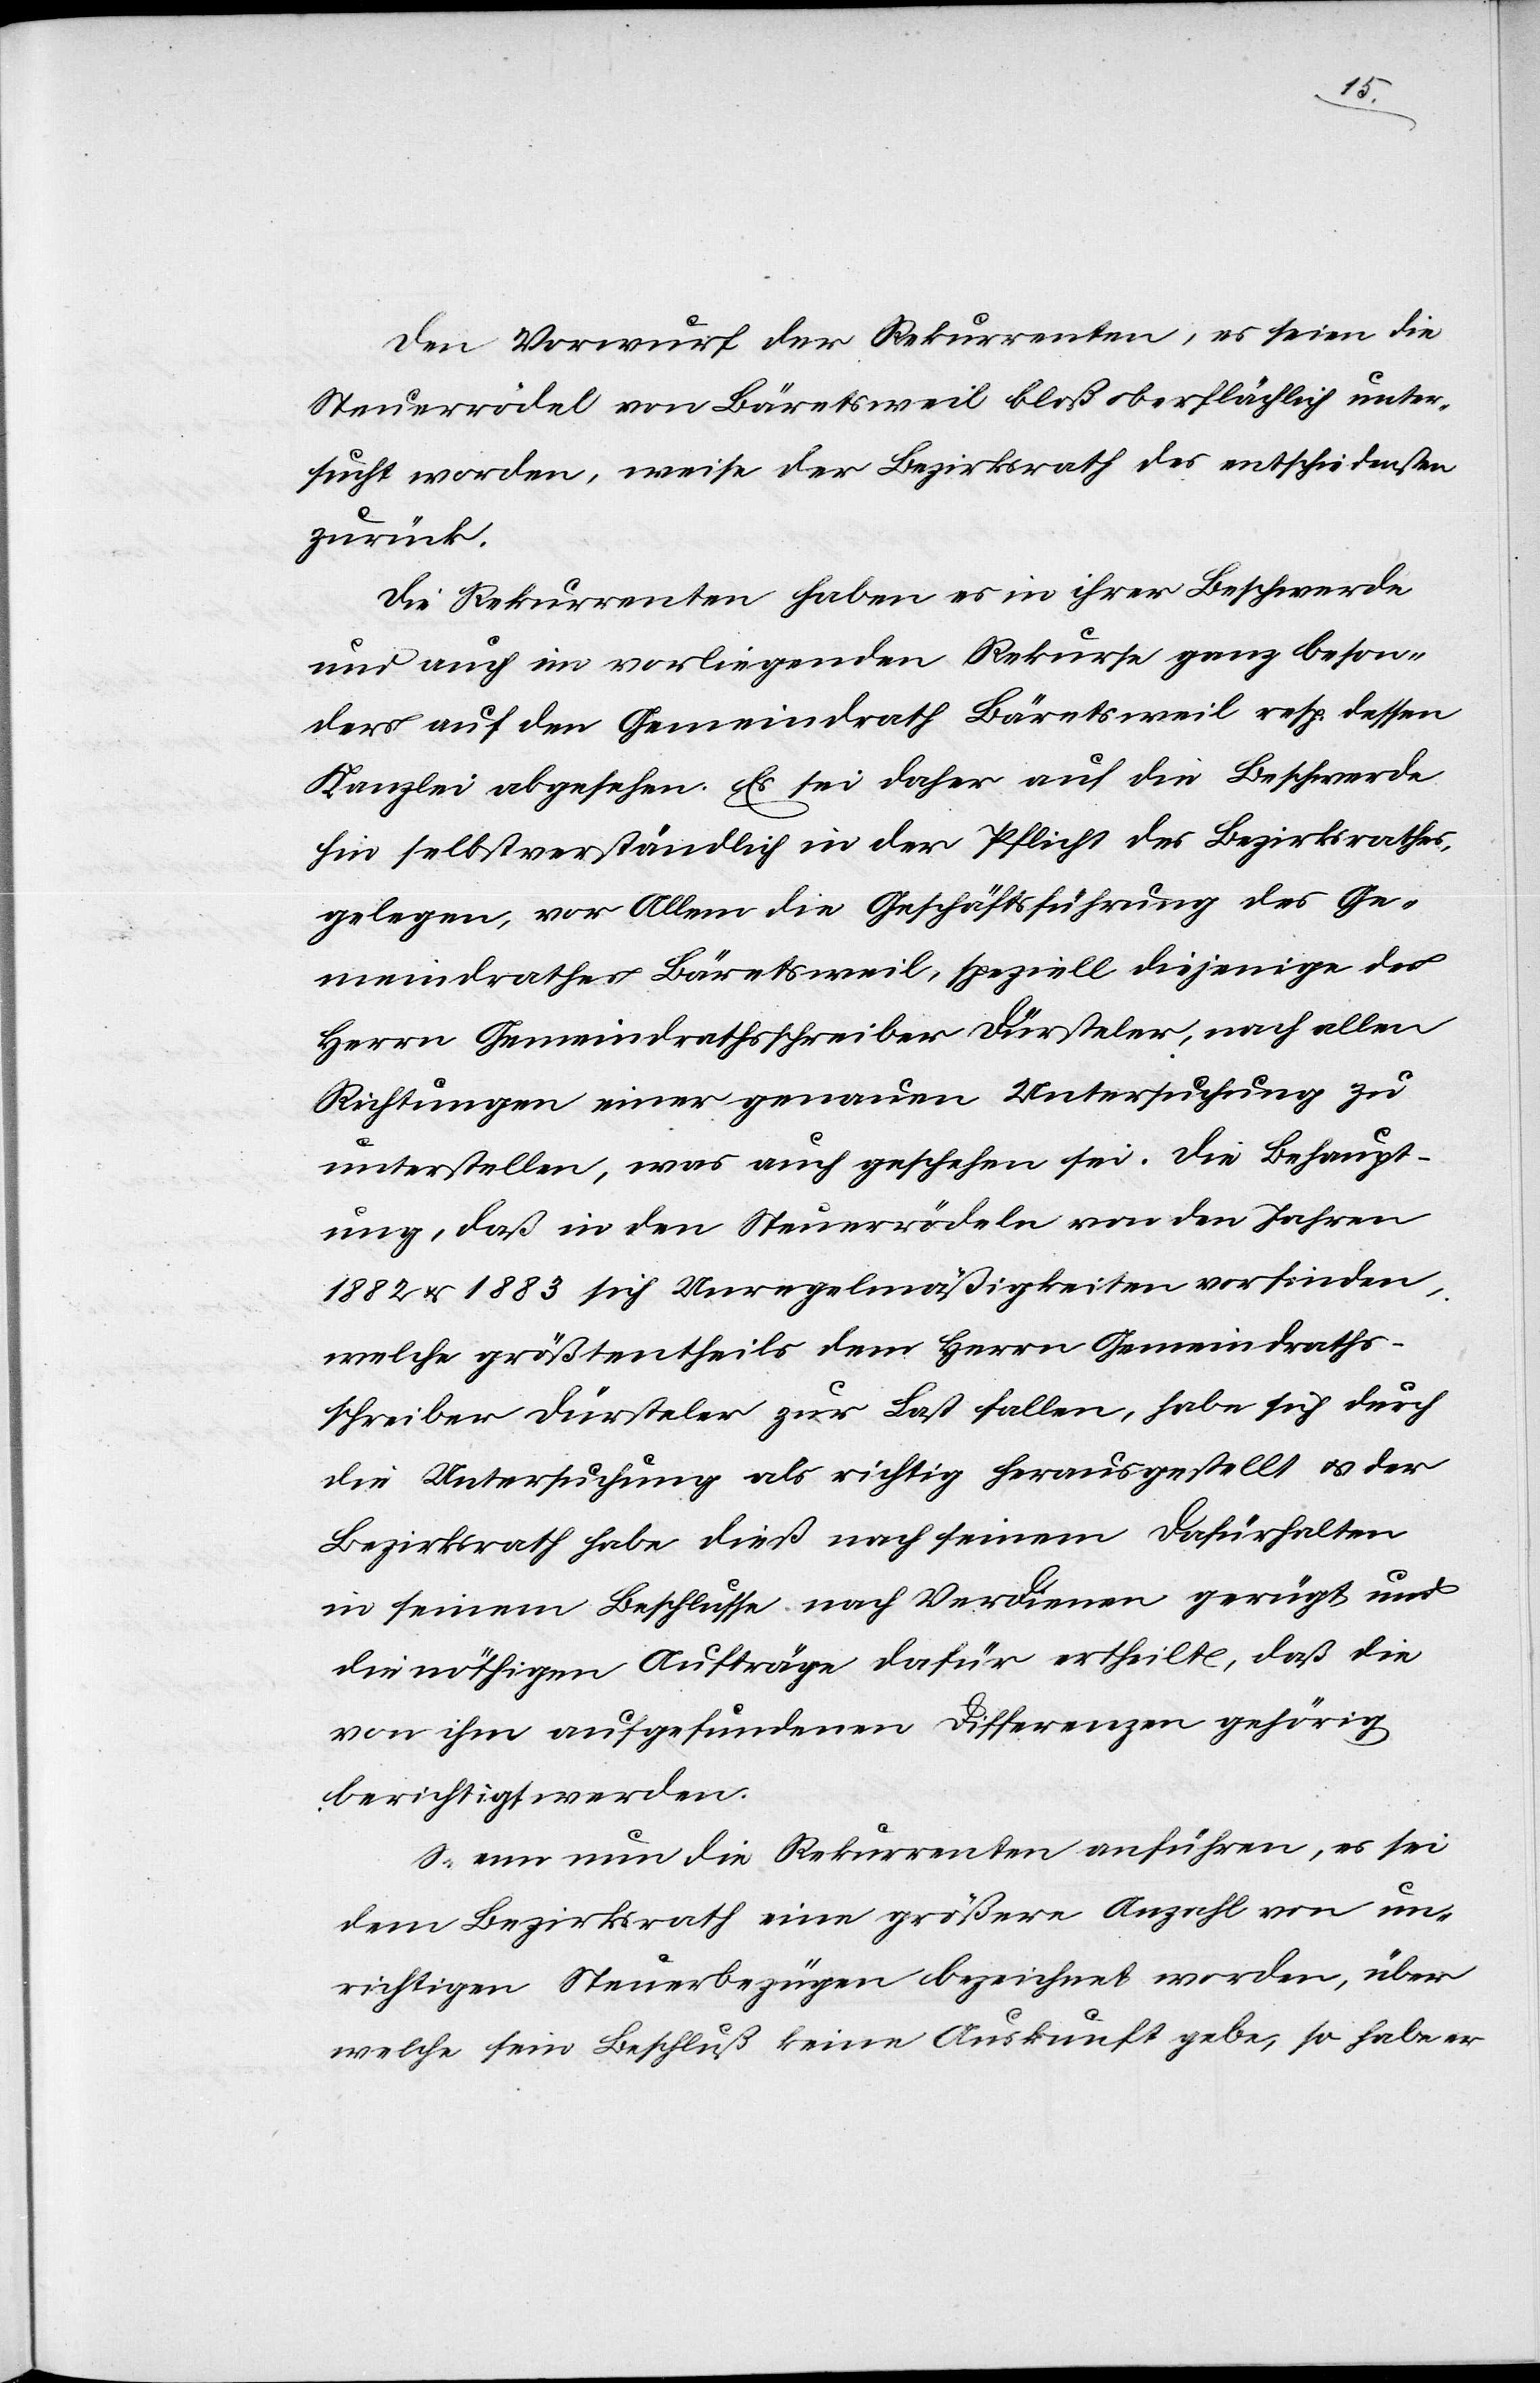
Fr.